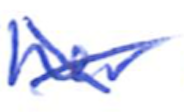
Text: her
Cross-out: cross
Writing tool: ballpoint